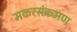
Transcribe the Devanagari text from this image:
मकरसंक्रमण